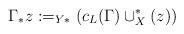
LaTeX: \begin{align*}\Gamma_* z:= _{Y*}\left(c_L(\Gamma)\cup _X^*(z)\right)\end{align*}